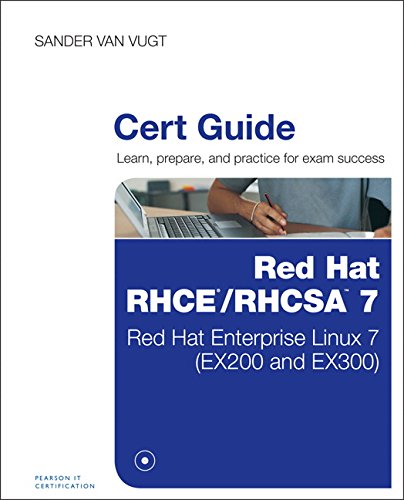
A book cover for Red Hat RHCSA/RHCE 7 Cert Guide: Red Hat Enterprise Linux 7 (EX200 and EX300) (Certification Guide); Sander van Vugt; Computers & Technology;